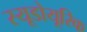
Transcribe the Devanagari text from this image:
स्यूडोयूरिक